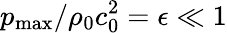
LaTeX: {p_{\mathrm{max}}/{\rho_{0}c_{0}^{2}}}=\epsilon\ll 1